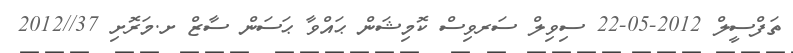
ތަފްސީލް 2012-05-22 ސިވިލް ސަރވިސް ކޮމިޝަން ޙައްވާ ޙަސަން ސާޒް ށ.މަރޮށި 37//2012